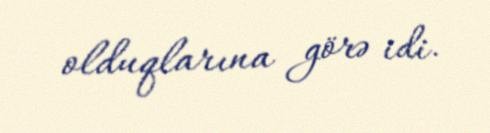
olduqlarına görə idi.